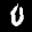
Label: 0